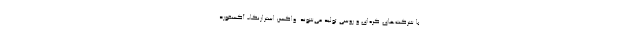
با شرکت‌های کره‌ای و روسی تولید می‌شوند. واکسن استرازنکا- آکسفوردِ